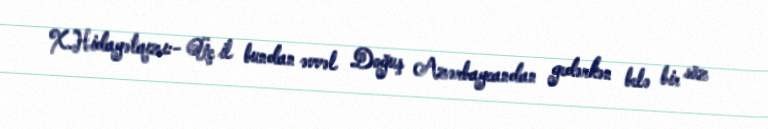
X.Hidayətqızı:- Üç il bundan əvvəl Doğuş Azərbaycandan gedərkən belə bir söz